Note on the mental hospitals in Burma - 1925-1940
Year: 1925
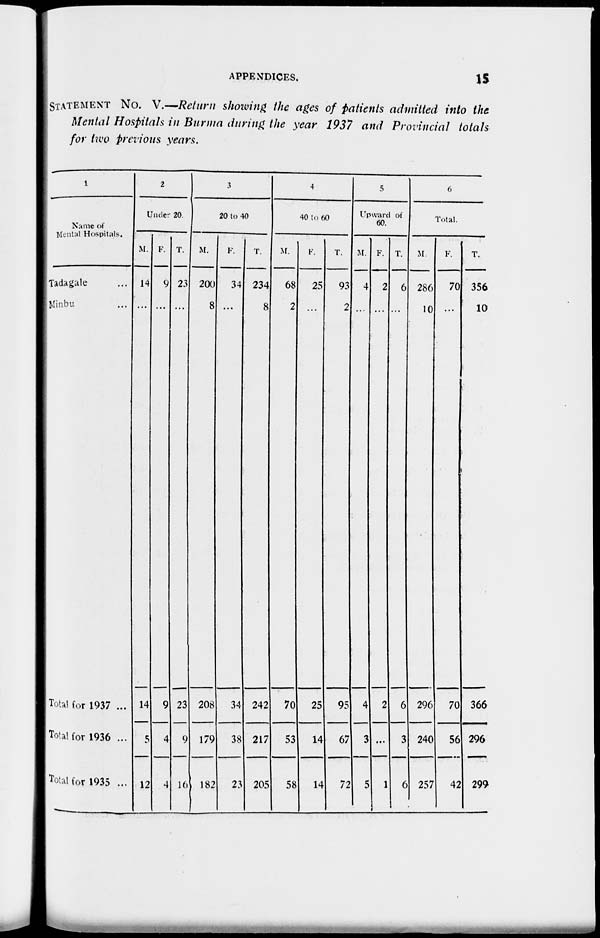
APPENDICES.
15
STATEMENT No. V.—Return showing the ages of patients admitted into the
Mental Hospitals in Burma during the year 1937 and Provincial totals
for two previous years.
1
Name of
Mental Hospitals.
Tadagale ...
Minbu ...
Total for 1937 ...
Total for 1936 ...
Total for 1935 ...
2
Under 20.
M.
14
...
14
5
12
F.
9
...
9
4
4
T.
23
...
23
9
16
3
20 to 40
M.
200
8
208
179
182
F.
34
...
34
38
23
T.
234
8
242
217
205
4
40 to 60
M.
68
2
70
53
58
F.
25
...
25
14
14
T.
93
2
95
67
72
5
Upward of
60.
M.
4
...
4
3
5
F.
2
...
2
...
1
T.
6
...
6
3
6
6
Total.
M.
286
10
296
240
257
F.
70
...
70
56
42
T.
356
10
366
296
299